Annual report on the working of the mental hospitals in the Madras Presidency - 1912-1932
Year: 1912
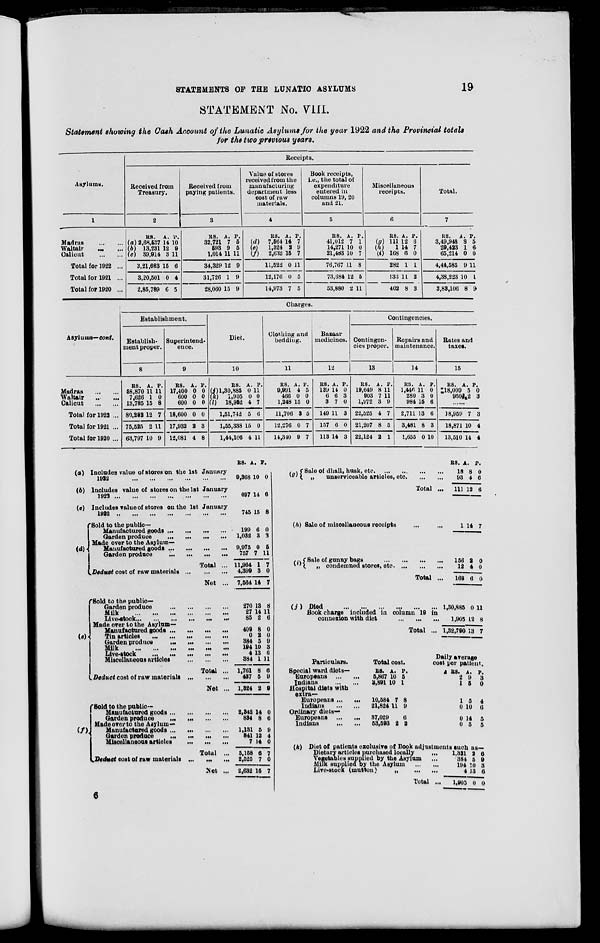
STATEMENTS OF THE LUNATIC ASYLUMS
19
STATEMENT No. VIII.
Statement showing the Cash Account of the Lunatic Asylums for the year 1922 and the Provincial totals
for the two previous years.
Asylums.
1
Madras
...
...
Waltair ... ...
Calicut
...
...
Total for 1922 ...
Total for 1921 ...
Total for 1920 ...
Receipts.
Received from
Treasury.
2
RS
(a) 2,68,537
(b) 13,231
(c) 39,914
3,21,683
3,20,501
2,85,789
A.
14
12
3
15
0
6
P.
10
9
11
6
4
5
Received from
paying patients.
3
RS.
32,721
593
1,014
34,329
31,726
28,060
A.
7
9
11
12
1
15
P.
5
5
11
9
9
9
Value of stores
received from the
manufacturing
department less
cost of raw
materials.
4
RS.
(d)
7,564
(e)
1,324
(f)
2,632
11,522
12,176
14,973
A.
14
2
15
0
0
7
P.
7
9
7
11
5
5
Book receipts,
i.e., the total of
expenditure
entered in
columns 19, 20
and 21.
5
RS.
41,012
14,271
21,483
76,767
73,684
53,880
A.
7
10
10
11
12
2
P.
1
0
7
8
5
11
Miscellaneous
receipts.
6
RS.
(g) 111
(h)
1
(i) 168
282
133
402
A.
12
14
0
1
11
8
P.
6
7
0
1
2
3
Total.
7
RS.
3,49,948
29,423
65,214
4,44,585
4,38,223
3,83,106
A.
8
1
0
9
10
8
P.
5
6
0
11
1
9
Asylums—cont.
Madras
...
...
Waltair ... ...
Calicut
...
...
Total for 1922 ...
Total for 1921 ...
Total for 1920 ...
Charges.
Establishment.
Establish-
ment proper.
8
RS.
58,870
7,626
13,785
80,282
75,525
63,797
A.
11
1
15
12
2
10
P.
11
0
8
7
11
9
Superintend-
ence.
9
RS.
17,400
600
600
18,600
17,932
12,081
A.
0
0
0
0
2
4
P.
0
0
0
0
3
8
Diet.
10
RS.
(j) 1,30,885
(k)
1,905
(l)
18,952
1,51,742
1,55,338
1,44,106
A.
0
0
4
5
15
4
P.
11
0
7
6
0
11
Clothing and
bedding.
11
RS.
9,991
466
1,248
11,706
12,276
14,310
A.
4
0
15
3
0
9
P.
5
0
0
5
7
7
Bazaar
medicines.
12
RS.
139
6
3
149
157
113
A.
14
6
7
11
6
14
P.
0
3
0
3
0
3
Contingencies.
Contingen-
cies proper.
13
RS.
19,649
903
1,972
22,525
21,207
22,124
A.
8
7
3
4
8
2
P.
11
11
9
7
5
1
Repairs and
maintenance.
14
RS.
1,446
280
984
2,711
3,481
1,655
A.
11
3
15
13
8
0
P.
0
0
6
6
3
10
Rates and
taxes.
15
RS.
18,009
950
A.
5
2
P.
0
3
......
18,959
18,871
13,510
7
10
14
3
4
4
(a)
(b)
(c)
(d)
Includes value of stores on the 1st January
1982
...
...
...
...
...
...
Includes value of stores on the 1st January
1922
...
...
...
...
...
...
...
Includes value of stores on the 1st January
1922
...
...
...
...
...
...
...
Sold to the public—
Manufactured goods
...
...
...
...
Garden produce
...
...
...
...
Made over to the Asylum—
Manufactured goods
...
...
...
...
Garden produce ... ... ... ...
Total ...
Deduct cost of raw materials
...
...
...
Net ...
Sold to the public-
Garden produce
...
...
...
...
Milk ... ... ... ... ... ...
Live-stock
...
...
...
...
...
...
Made over to the Asylum—
Manufactured goods
...
...
...
...
Tin articles
...
...
...
...
...
...
Garden produce
...
...
...
...
Milk
...
...
...
...
...
...
Live-stock
...
...
...
...
...
Miscellaneous articles
...
...
...
Total ...
Deduct cost of raw materials
...
...
...
Net ...
(f)
Sold to the public—
Manufactured goods
...
...
...
...
Garden produce
...
...
...
...
Made over to the Asylum—
Manufactured goods
...
...
...
...
Garden produce
...
...
...
...
Miscellaneous articles
...
...
...
Total ...
Deuct cost of raw materials
...
...
...
Net ...
RS.
9,368
697
745
199
1,032
9,975
757
11,964
4,399
7,564
270
27
85
409
0
384
194
4
384
1,761
437
1,324
2,342
834
1,131
841
7
5,158
2,525
2,632
A.
10
14
15
6
3
0
7
1
3
14
13
14
2
8
2
5
10
13
1
8
5
2
14
8
5
12
14
6
7
15
P.
0
6
8
0
3
5
11
7
0
7
8
11
6
0
0
9
3
6
11
6
9
9
0
6
9
4
0
7
0
7
(g) Sale of dhall, husk, etc ... ... ... ...
„
unserviceable articles, etc. ... ...
Total ...
(h)
(i)
Sale of miscellaneous receipts ... ...
Sale of gunny bags
...
...
...
...
„ condemned stores, etc. ... ... ... ...
Total ...
(j) Died
...
...
...
...
...
...
Book charge included in column 19 in
connexion with diet
...
...
...
Total ...
Particulars.
Special ward diets—
Europeans
...
...
Indians
...
...
Hospital diets with
extra-
Europeans ... ...
Indians
...
...
Ordinary diets—
Europeans
...
...
Indians
...
...
(k)
Total cost.
RS.
5,867
3,891
A.
10
10
P.
5
1
10,584
21,824
7
11
8
9
37,029
53,593 2
6
2
RS.
18
93
111
1
156
12
168
1,30,885
1,905
1,32,790
A.
8
4
12
14
2
4
6
0
12
13
P.
0
6
6
7
0
0
0
11
8
7
Daily average
cost per patient.
RS.
2
1
A.
9
5
P.
3
0
1
0
5
10
4
6
0
0
14
5
5
5
Diet of patients exclusive of Book adjustments such as—
Dietary articles purchased locally
...
Vegetables supplied by the Asylum ...
Milk supplied by the Asylum
...
...
Live-stock (mutton)
„ ... ...
Total ...
1,321
384
194
4
1,905
2
5
10
13
0
6
9
3
6
0
6